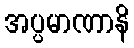
အပ္ပမာဏာနိ